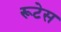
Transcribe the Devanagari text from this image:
रूटेस